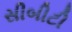
સીબીટી